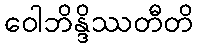
ဝေါဘိန္ဒိဿတီတိ